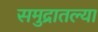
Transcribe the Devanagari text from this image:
समुद्रातल्या